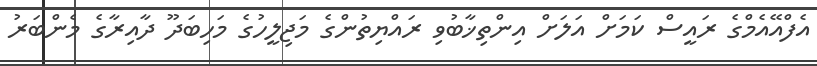
އެފްއޭއެމްގެ ރައީސް ކަމަށް އަލަށް އިންތިޚާބުވި ރައްޔިތުންގެ މަޖިލީހުގެ މަހިބަދޫ ދާއިރާގެ މެންބަރު